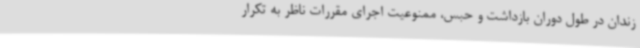
زندان در طول دوران بازداشت و حبس، ممنوعیت اجرای مقررات ناظر به تکرار